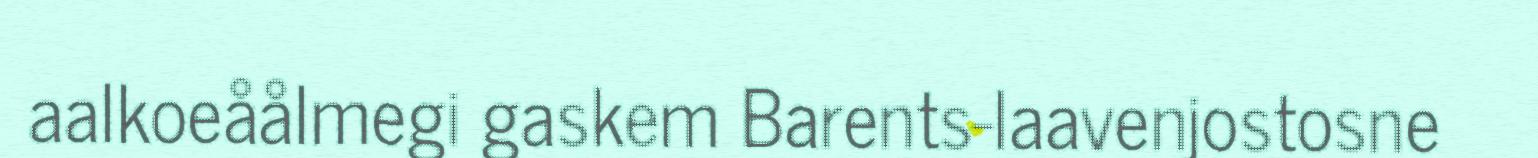
aalkoeåålmegi gaskem Barents-laavenjostosne